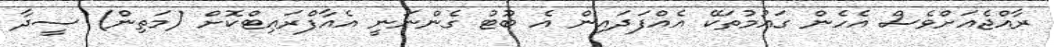
ރާއްޖެއަށްވެސް އެހެން ގައުމުތަކޭ އެއްފަދައިން އެ ބޫޓު ގެންނަނީ އެއާފްރައިޓްކޮށް (މަތިން) ސީދާ